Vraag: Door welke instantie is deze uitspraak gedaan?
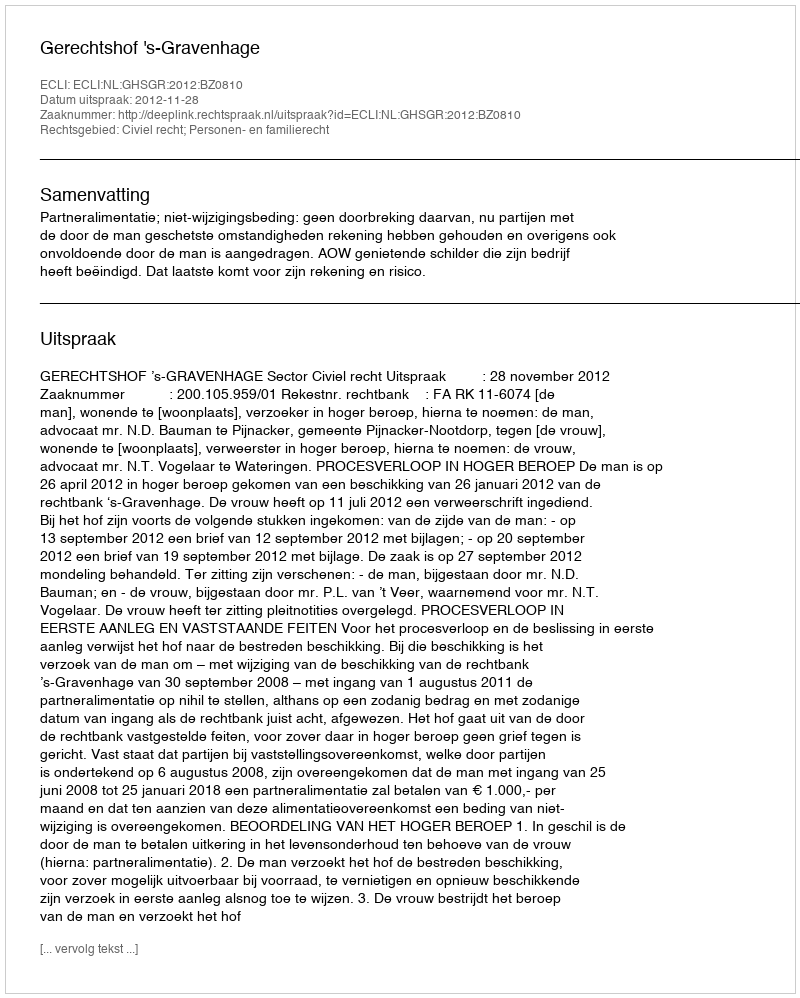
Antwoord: Gerechtshof 's-Gravenhage